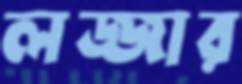
লজ্জার